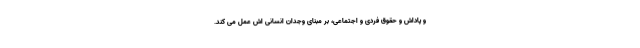
و پاداش و حقوق فردی و اجتماعی، بر مبنای وجدان انسانی اش عمل می کند.